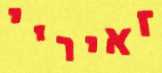
זאיריי